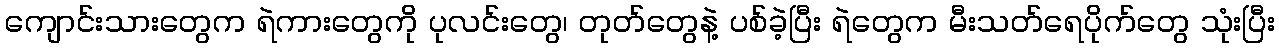
ကျောင်းသားတွေက ရဲကားတွေကို ပုလင်းတွေ၊ တုတ်တွေနဲ့ ပစ်ခဲ့ပြီး ရဲတွေက မီးသတ်ရေပိုက်တွေ သုံးပြီး